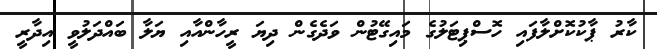
ކާރު ޕާކުކޮށްލާފައި ހޮސްޕިޓަލުގެ މައިގޭޓުން ވަދެގެން ދިޔަ ރީހާންއާއި ޔަލާ ބައްދަލުވީ އިދާރީ